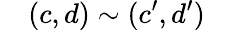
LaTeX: \quad(c,d)\sim(c^{\prime},d^{\prime})\quad